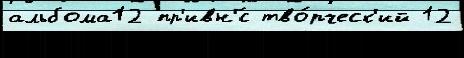
альбома12 пр'ивн'́с тво́рческ'ий 12